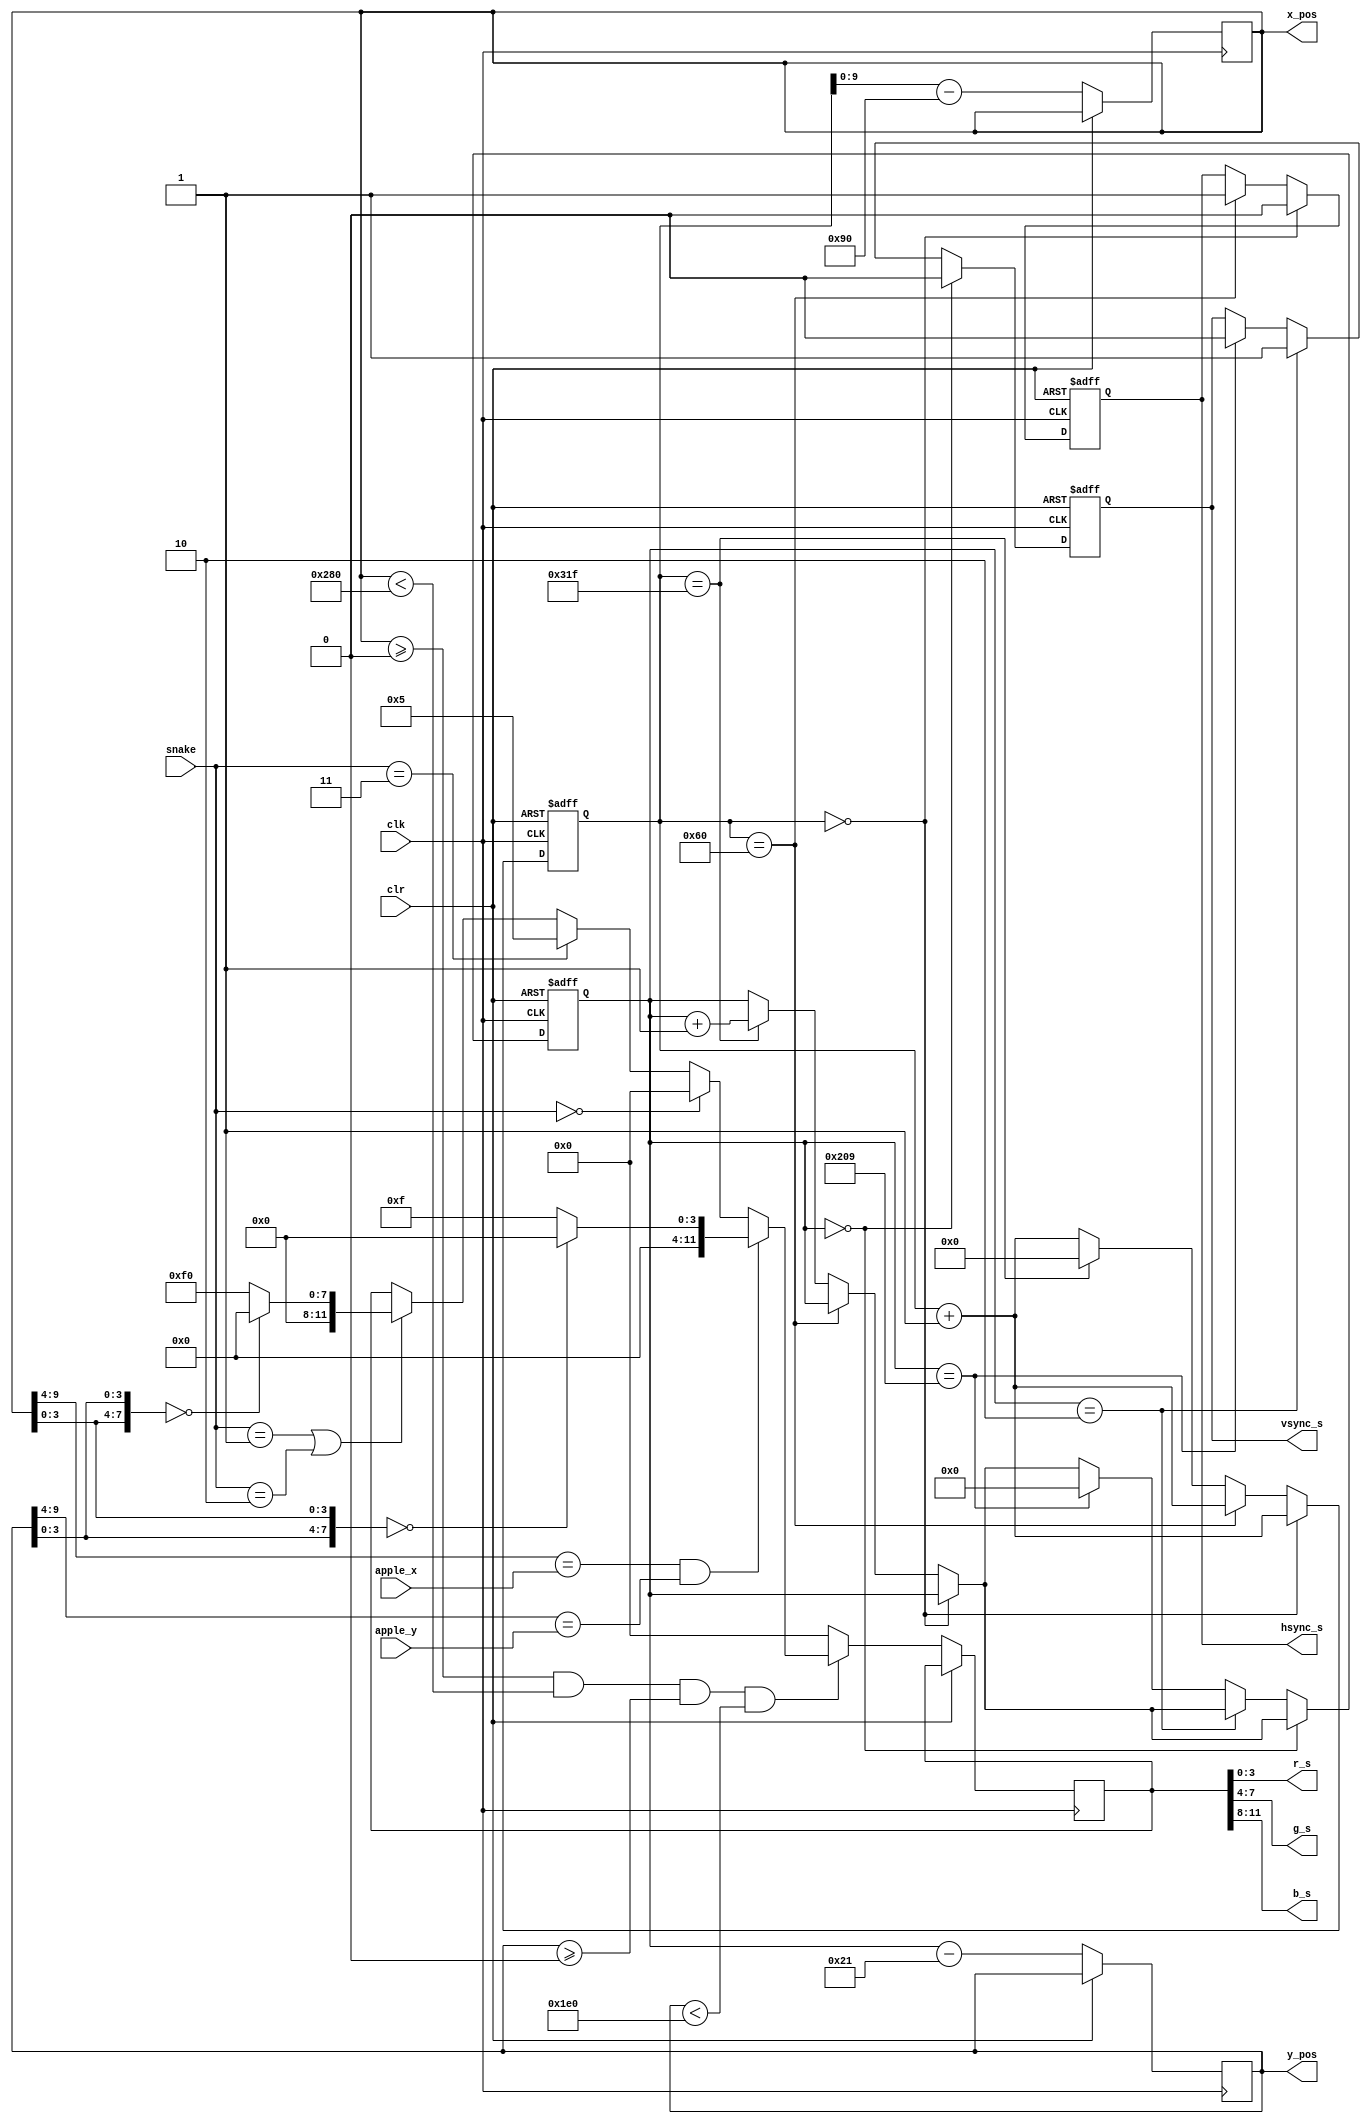
module vga_s(
	input clk,
	input clr,
	
	input [1:0]snake,
	input [5:0]apple_x,
	input [4:0]apple_y,
	output reg[9:0]x_pos,
	output reg[9:0]y_pos,	
	output reg hsync_s,
	output reg vsync_s,
	output [3:0] r_s,g_s,b_s 
);
    reg [11:0] color_out;
	reg [19:0]clk_cnt;
	reg [9:0]line_cnt;
	reg clk_25M;
	
	parameter NONE = 2'b00;
	parameter HEAD = 2'b01;
	parameter BODY = 2'b10;
	parameter WALL = 2'b11;
	
	parameter HEAD_COLOR = 12'b0000_1111_0000;
	parameter BODY_COLOR = 12'b0000_1111_0000;
	
	
	reg [3:0]lox;
	reg [3:0]loy;
		
	always@(posedge clk or posedge clr) begin
		if(clr) begin
			clk_cnt <= 0;
			line_cnt <= 0;
			hsync_s <= 1;
			vsync_s <= 1;
		end
		else begin
		    x_pos <= clk_cnt - 144;
			y_pos <= line_cnt - 33;	
			if(clk_cnt == 0) begin
			    hsync_s <= 0;
				clk_cnt <= clk_cnt + 1;
            end
			else if(clk_cnt == 96) begin
				hsync_s <= 1;
				clk_cnt <= clk_cnt + 1;
            end
			else if(clk_cnt == 799) begin
				clk_cnt <= 0;
				line_cnt <= line_cnt + 1;
			end
			else clk_cnt <= clk_cnt + 1;
			if(line_cnt == 0) begin
				vsync_s <= 0;
            end
			else if(line_cnt == 2) begin
				vsync_s <= 1;
			end
			else if(line_cnt == 521) begin
				line_cnt <= 0;
				vsync_s <= 0;
			end
			
			if(x_pos >= 0 && x_pos < 640 && y_pos >= 0 && y_pos < 480) begin
			    lox = x_pos[3:0];
				loy = y_pos[3:0];						
				if(x_pos[9:4] == apple_x && y_pos[9:4] == apple_y)
					case({loy,lox})
						8'b0000_0000:color_out = 12'b0000_0000_0000;
						default:color_out = 12'b0000_0000_1111;
					endcase						
				else if(snake == NONE)
					color_out = 12'b0000_0000_0000;
				else if(snake == WALL)
					color_out = 3'b101;
				else if(snake == HEAD|snake == BODY) begin   
					case({lox,loy})
						8'b0000_0000:color_out = 12'b0000_0000_0000;
						default:color_out = (snake == HEAD) ?  HEAD_COLOR : BODY_COLOR;
					endcase
				end
			end
		    else
			    color_out = 12'b0000_0000_0000;
		end
    end
    
    assign r_s = color_out[3:0];
    assign g_s = color_out[7:4];
    assign b_s = color_out[11:8];
    
endmodule